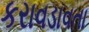
કરાવડાવતા